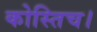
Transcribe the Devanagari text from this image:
कोस्तिच।